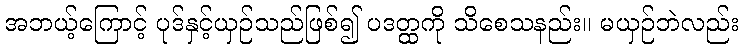
အဘယ့်ကြောင့် ပုဒ်နှင့်ယှဉ်သည်ဖြစ်၍ ပဒတ္ထကို သိစေသနည်း။ မယှဉ်ဘဲလည်း